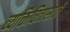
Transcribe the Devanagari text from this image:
व्यक्तिचित्रासाठी